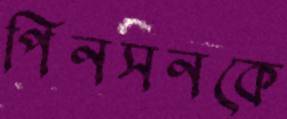
পিনসনকে